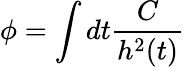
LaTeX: \phi{}=\int{}dt\frac{C}{h^{2}(t)}